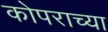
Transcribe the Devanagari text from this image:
कोपराच्या